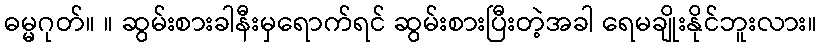
ဓမ္မဂုတ်။ ။ ဆွမ်းစားခါနီးမှရောက်ရင် ဆွမ်းစားပြီးတဲ့အခါ ရေမချိုးနိုင်ဘူးလား။